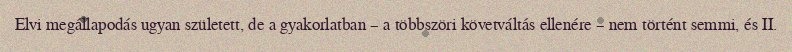
Elvi megállapodás ugyan született, de a gyakorlatban – a többszöri követváltás ellenére – nem történt semmi, és II.